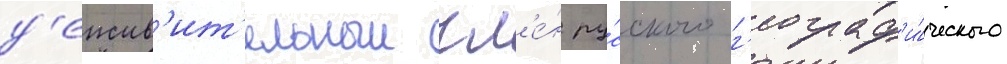
д'еиств'ит'ельныи чл'е́н ру́сского г'еограф'и́ческого